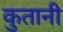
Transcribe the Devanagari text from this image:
कुतानी